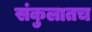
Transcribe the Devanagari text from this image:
संकुलातच